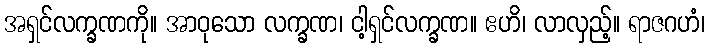
အရှင်လက္ခဏကို။ အာဝုသော လက္ခဏ၊ ငါ့ရှင်လက္ခဏ။ ဧဟိ၊ လာလှည့်။ ရာဇဂဟံ၊